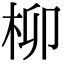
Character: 柳